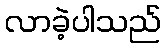
လာခဲ့ပါသည်